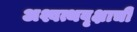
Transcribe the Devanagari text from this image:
अश्वत्थवृक्षाची